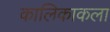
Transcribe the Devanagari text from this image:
कालिकाकला